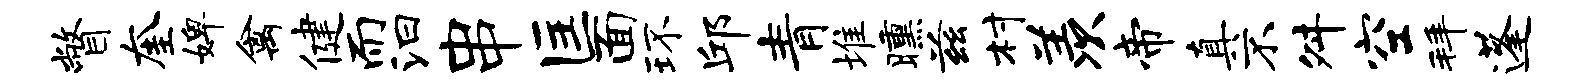
瞥奎婢禽健而汩串匡面环邱青堆曛兹村羡帝真不舛空拜蓬